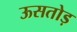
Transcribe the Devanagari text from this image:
ऊसतोड़